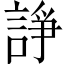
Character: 諍